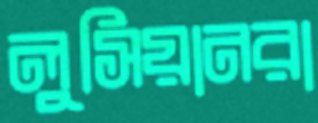
লুসিয়ানরা